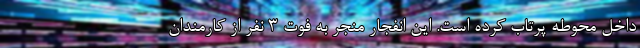
داخل محوطه پرتاب کرده است. این انفجار منجر به فوت ۳ نفر از کارمندان